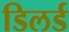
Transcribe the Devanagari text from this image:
डिलर्ड